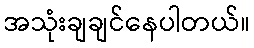
အသုံးချချင်နေပါတယ်။